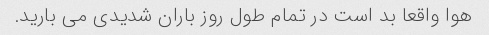
هوا واقعا بد است در تمام طول روز باران شدیدی می بارید.